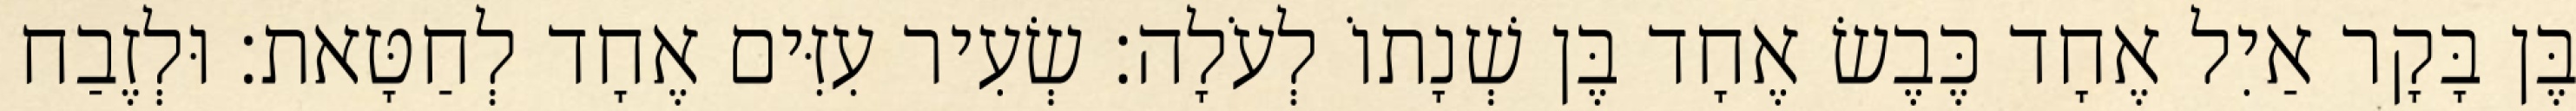
בֶּן בָּקָר אַיִל אֶחָד כֶּבֶשׂ אֶחָד בֶּן שְׁנָתוֹ לְעֹלָה׃ שְׂעִיר עִזִּים אֶחָד לְחַטָּאת׃ וּלְזֶבַח